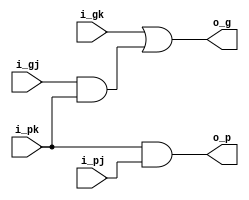
`timescale 1ns/1ps
`default_nettype none

module black(
  input  wire i_pj,
  input  wire i_gj,
  input  wire i_pk,
  input  wire i_gk,
  output wire o_g,
  output wire o_p
);

assign o_g = i_gk | (i_gj & i_pk);
assign o_p = i_pk & i_pj;

endmodule